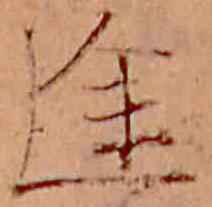
途